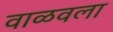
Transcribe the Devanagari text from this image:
वाळवला